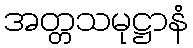
အတ္တသမုဋ္ဌာနံ